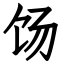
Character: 饧